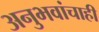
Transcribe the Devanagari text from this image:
अनुभवांचाही